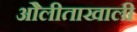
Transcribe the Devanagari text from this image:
ओेलीताखाली